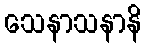
သေနာသနာနိ